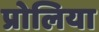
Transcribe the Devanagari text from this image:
प्रोलिया